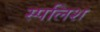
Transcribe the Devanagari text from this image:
स्पलिश